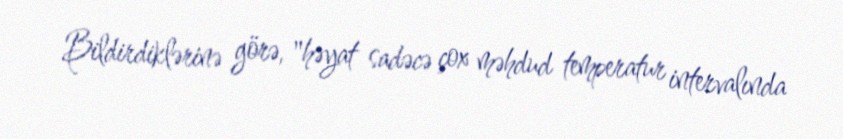
Bildirdiklərinə görə, "həyat sadəcə çox məhdud temperatur intervalında